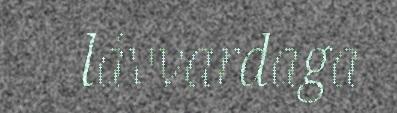
lávvardaga